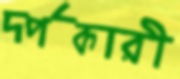
দর্পকারী